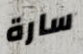
سارة